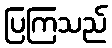
ပြကြသည်